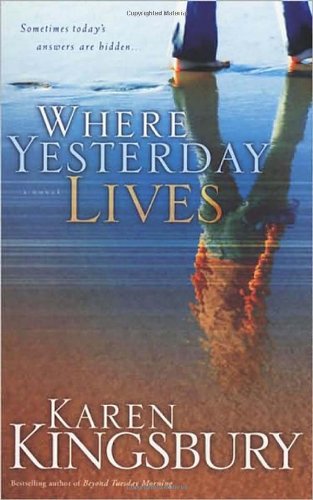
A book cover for Where Yesterday Lives; Karen Kingsbury; Religion & Spirituality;